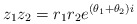
\begin{align*}z_1z_2 = r_1r_2e^{(\theta_1+\theta_2)i}\end{align*}